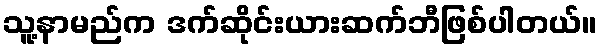
သူ့နာမည်က ဒက်ဆိုင်းယားဆက်ဘီဖြစ်ပါတယ်။